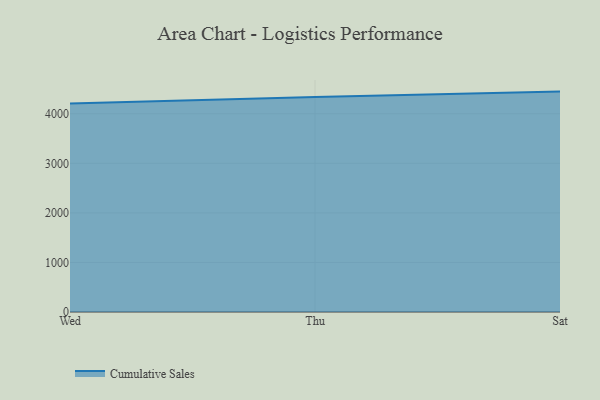
{"axis": {"x": "Day", "y": "Page Views"}, "legend": ["Cumulative Sales"], "data": [{"x": "Wed", "y": 4208.7, "type": "Cumulative Sales"}, {"x": "Thu", "y": 4338.4, "type": "Cumulative Sales"}, {"x": "Sat", "y": 4447.2, "type": "Cumulative Sales"}]}